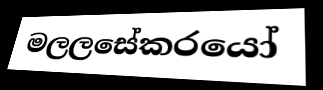
මලලසේකරයෝ